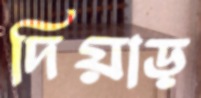
দিয়াড়